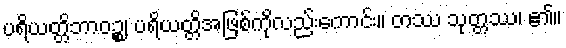
ပရိယတ္တိဘာဝဉ္စ၊ ပရိယတ္တိအဖြစ်ကိုလည်းကောင်း။ တဿ သုတ္တဿ၊ ၏။